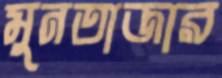
মুনতাজার